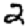
Digit: 2